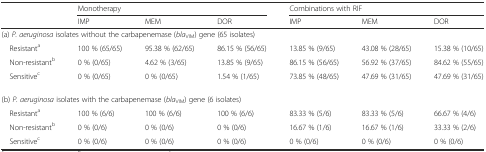
<table><thead><tr><td rowspan="2"></td><td colspan="3"><b>Monotherapy</b></td><td colspan="3"><b>Combinations with RIF</b></td></tr><tr><td><b>IMP</b></td><td><b>MEM</b></td><td><b>DOR</b></td><td><b>IMP</b></td><td><b>MEM</b></td><td><b>DOR</b></td></tr></thead><tbody><tr><td colspan="7">(a) <i>P. aeruginosa</i> isolates without the carbapenemase (<i>bla</i><sub>VIM</sub>) gene (65 isolates)</td></tr><tr><td> Resistant<sup>a</sup></td><td>100 % (65/65)</td><td>95.38 % (62/65)</td><td>86.15 % (56/65)</td><td>13.85 % (9/65)</td><td>43.08 % (28/65)</td><td>15.38 % (10/65)</td></tr><tr><td> Non-resistant<sup>b</sup></td><td>0 % (0/65)</td><td>4.62 % (3/65)</td><td>13.85 % (9/65)</td><td>86.15 % (56/65)</td><td>56.92 % (37/65)</td><td>84.62 % (55/65)</td></tr><tr><td> Sensitive<sup>c</sup></td><td>0 % (0/65)</td><td>0 % (0/65)</td><td>1.54 % (1/65)</td><td>73.85 % (48/65)</td><td>47.69 % (31/65)</td><td>47.69 % (31/65)</td></tr><tr><td colspan="7">(b) <i>P. aeruginosa</i> isolates with the carbapenemase (<i>bla</i><sub>VIM</sub>) gene (6 isolates)</td></tr><tr><td> Resistant<sup>a</sup></td><td>100 % (6/6)</td><td>100 % (6/6)</td><td>100 % (6/6)</td><td>83.33 % (5/6)</td><td>83.33 % (5/6)</td><td>66.67 % (4/6)</td></tr><tr><td> Non-resistant<sup>b</sup></td><td>0 % (0/6)</td><td>0 % (0/6)</td><td>0 % (0/6)</td><td>16.67 % (1/6)</td><td>16.67 % (1/6)</td><td>33.33 % (2/6)</td></tr><tr><td> Sensitive<sup>c</sup></td><td>0 % (0/6)</td><td>0 % (0/6)</td><td>0 % (0/6)</td><td>0 % (0/6)</td><td>0 % (0/6)</td><td>0 % (0/6)</td></tr></tbody></table>